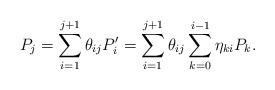
LaTeX: \begin{align*}P_j = \sum_{i=1}^{j+1}\theta_{ij}P'_i = \sum_{i=1}^{j+1}\theta_{ij}\sum_{k=0}^{i-1}\eta_{ki} P_k .\end{align*}